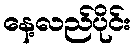
နေ့လည်ပိုင်း